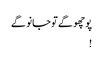
پوچھو گے تو جانو گے
!